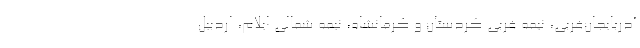
آذربایجان‌غربی، نیمه غربی کردستان و کرمانشاه، نیمه شمالی ایلام، اردبیل